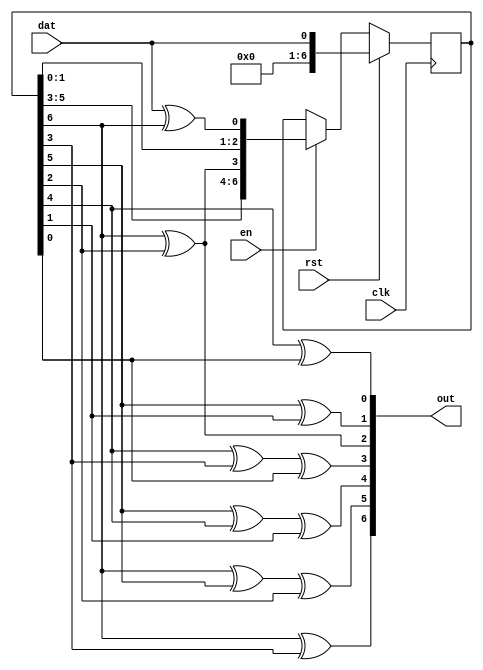
`timescale 1 ps / 1 ps

module crc7(output[6:0] out,
            input clk,
            input dat,
            input rst,
            input en);
   reg [6:0]      state = 0;

   assign out = {
                 state[6] ^ state[3],
                 state[6] ^ state[5] ^ state[2],
                 state[5] ^ state[4] ^ state[1],
                 state[4] ^ state[3] ^ state[0],
                 state[6] ^ state[2],
                 state[5] ^ state[1],
                 state[4] ^ state[0]
                 };

   always @(posedge clk) begin
      if (rst)
        state <= {6'b0, dat};
      else if (en)
        state <= {state[5],
                  state[4],
                  state[3],
                  state[2] ^ state[6],
                  state[1],
                  state[0],
                  dat ^ state[6]};
   end
endmodule // crc7